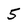
Character: 5